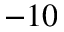
- 1 0